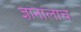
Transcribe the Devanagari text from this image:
ज्ञानालाच